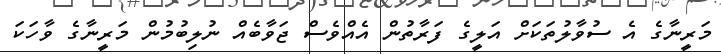
މަރީނާގެ އެ ސުވާލުތަކަށް އަލީގެ ފަރާތުން އެއްވެސް ޖަވާބެއް ނުލިބުމުން މަރީނާގެ ވާހަކަ